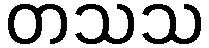
တသသ